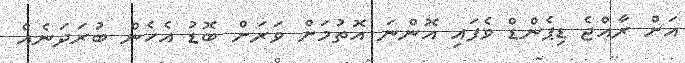
އަށް ރާއްޖެ ޑިޕެންޑް ވެފައި އޮންނަ އޮތުމަށް ވަރަށް ބޮޑު އެހެން ބުރަދަނެއް